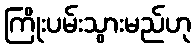
ကြိုးပမ်းသွားမည်ဟု